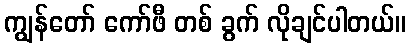
ကျွန်တော် ကော်ဖီ တစ် ခွက် လိုချင်ပါတယ်။